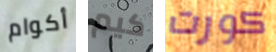
أكوام كيم كورت